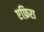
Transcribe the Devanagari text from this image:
एफ़िरा